Reports on dispensaries and lunatic asylums in the Province of Oudh - 1869-1876
Year: 1869
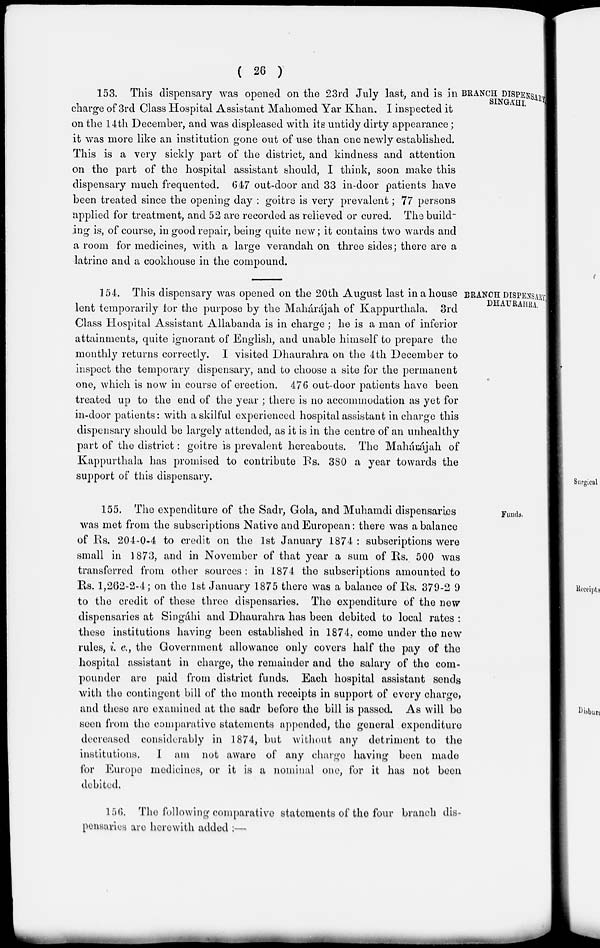
( 26 )
BRANCH DISPENSARY
SINGAHI.
153. This dispensary was opened on the 23rd July last, and is in
charge of 3rd Class Hospital Assistant Mahomed Yar Khan. I inspected it
on the 14th December, and was displeased with its untidy dirty appearance;
it was more like an institution gone out of use than one newly established.
This is a very sickly part of the district, and kindness and attention
on the part of the hospital assistant should, I think, soon make this
dispensary much frequented. 647 out-door and 33 in-door patients have
been treated since the opening day : goitre is very prevalent; 77 persons
applied for treatment, and 52 are recorded as relieved or cured. The build-
ing is, of course, in good repair, being quite new; it contains two wards and
a room for medicines, with a large verandah on three sides; there are a
latrine and a cookhouse in the compound.
BRANCH DISPENSARY
DHAURAHRA.
154. This dispensary was opened on the 20th August last in a house
lent temporarily for the purpose by the Mahárájah of Kappurthala. 3rd
Class Hospital Assistant Allabanda is in charge ; he is a man of inferior
attainments, quite ignorant of English, and unable himself to prepare the
monthly returns correctly. I visited Dhaurahra on the 4th December to
inspect the temporary dispensary, and to choose a site for the permanent
one, which is now in course of erection. 476 out-door patients have been
treated up to the end of the year ; there is no accommodation as yet for
in-door patients: with a skilful experienced hospital assistant in charge this
dispensary should be largely attended, as it is in the centre of an unhealthy
part of the district: goitre is prevalent hereabouts. The Mahárájah of
Kappurthala has promised to contribute Rs. 380 a year towards the
support of this dispensary.
Funds.
155. The expenditure of the Sadr, Gola, and Muhamdi dispensaries
was met from the subscriptions Native and European: there was a balance
of Rs. 204-0-4 to credit on the 1st January 1874 : subscriptions were
small in 1873, and in November of that year a sum of Rs. 500 was
transferred from other sources : in 1874 the subscriptions amounted to
Rs. 1,262-2-4; on the 1st January 1875 there was a balance of Rs. 379-2 9
to the credit of these three dispensaries. The expenditure of the new
dispensaries at Singáhi and Dhaurahra has been debited to local rates :
these institutions having been established in 1874, come under the new
rules, i. e., the Government allowance only covers half the pay of the
hospital assistant in charge, the remainder and the salary of the com-
pounder are paid from district funds. Each hospital assistant sends
with the contingent bill of the month receipts in support of every charge,
and these are examined at the sadr before the bill is passed. As will be
seen from the comparative statements appended, the general expenditure
decreased considerably in 1874, but without any detriment to the
institutions. I am not aware of any charge having been made
for Europe medicines, or it is a nominal one, for it has not been
debited.
156. The following comparative statements of the four branch dis-
pensaries are herewith added :—